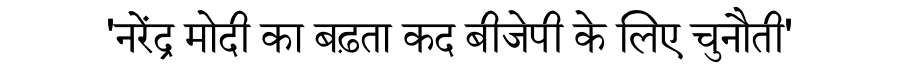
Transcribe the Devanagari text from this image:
'नरेंद्र मोदी का बढ़ता कद बीजेपी के लिए चुनौती'